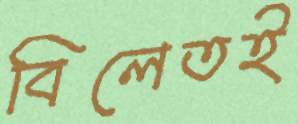
বিলেতই